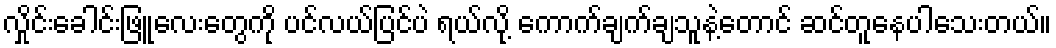
လှိုင်းခေါင်းဖြူလေးတွေကို ပင်လယ်ပြင်ပဲ ရယ်လို့ ကောက်ချက်ချသူနဲ့တောင် ဆင်တူနေပါသေးတယ်။